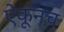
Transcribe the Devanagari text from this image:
ऐकूनच